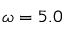
\omega = 5 . 0